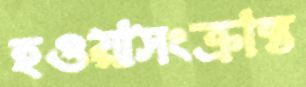
হওয়াসংক্রান্ত